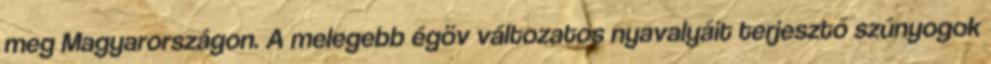
meg Magyarországon. A melegebb égöv változatos nyavalyáit terjesztő szúnyogok